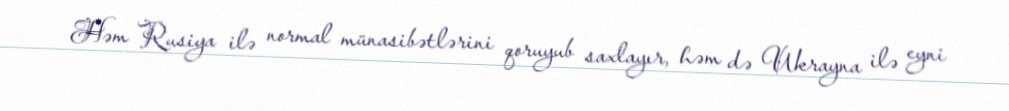
Həm Rusiya ilə normal münasibətlərini qoruyub saxlayır, həm də Ukrayna ilə eyni